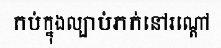
កប់ក្នុងល្បាប់ភក់នៅរណ្តៅ